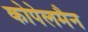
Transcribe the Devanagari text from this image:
कोपेलमैन